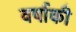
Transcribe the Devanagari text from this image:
वर्षाकी